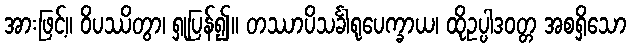
အားဖြင့်။ ဝိပဿိတွာ၊ ရှုပြန်၍။ တဿာပိသင်္ခါရုပေက္ခာယ၊ ထိုဥပ္ပါဒဝတ္တ အစရှိသော